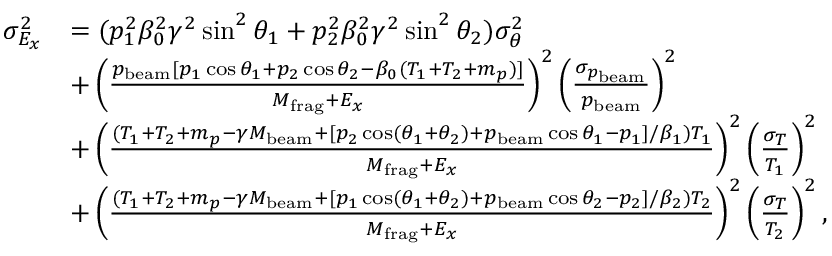
\begin{array} { r l } { \sigma _ { E _ { x } } ^ { 2 } } & { = ( p _ { 1 } ^ { 2 } \beta _ { 0 } ^ { 2 } \gamma ^ { 2 } \sin ^ { 2 } \theta _ { 1 } + p _ { 2 } ^ { 2 } \beta _ { 0 } ^ { 2 } \gamma ^ { 2 } \sin ^ { 2 } \theta _ { 2 } ) \sigma _ { \theta } ^ { 2 } } \\ & { + \left( \frac { p _ { \mathrm { b e a m } } [ p _ { 1 } \cos \theta _ { 1 } + p _ { 2 } \cos \theta _ { 2 } - \beta _ { 0 } ( T _ { 1 } + T _ { 2 } + m _ { p } ) ] } { M _ { \mathrm { f r a g } } + E _ { x } } \right) ^ { 2 } \left( \frac { \sigma _ { p _ { \mathrm { b e a m } } } } { p _ { \mathrm { b e a m } } } \right) ^ { 2 } } \\ & { + \left( \frac { ( T _ { 1 } + T _ { 2 } + m _ { p } - \gamma M _ { \mathrm { b e a m } } + [ p _ { 2 } \cos ( \theta _ { 1 } + \theta _ { 2 } ) + p _ { \mathrm { b e a m } } \cos \theta _ { 1 } - p _ { 1 } ] / \beta _ { 1 } ) T _ { 1 } } { M _ { \mathrm { f r a g } } + E _ { x } } \right) ^ { 2 } \left( \frac { \sigma _ { T } } { T _ { 1 } } \right) ^ { 2 } } \\ & { + \left( \frac { ( T _ { 1 } + T _ { 2 } + m _ { p } - \gamma M _ { \mathrm { b e a m } } + [ p _ { 1 } \cos ( \theta _ { 1 } + \theta _ { 2 } ) + p _ { \mathrm { b e a m } } \cos \theta _ { 2 } - p _ { 2 } ] / \beta _ { 2 } ) T _ { 2 } } { M _ { \mathrm { f r a g } } + E _ { x } } \right) ^ { 2 } \left( \frac { \sigma _ { T } } { T _ { 2 } } \right) ^ { 2 } , } \end{array}